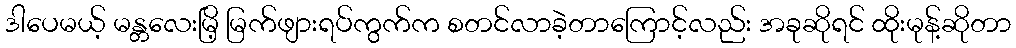
ဒါပေမယ့် မန္တလေးမြိ့ မြက်ဖျားရပ်ကွက်က စတင်လာခဲ့တာကြောင့်လည်း အခုဆိုရင် ထိုးမုန့်ဆိုတာ